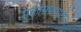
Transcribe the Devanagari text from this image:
मुक्तीसंग्रामातील